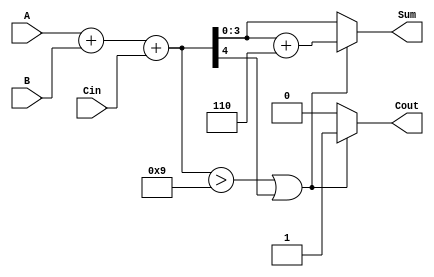
module BCD_Adder (
    input  wire [3:0] A,     // First BCD digit
    input  wire [3:0] B,     // Second BCD digit
    input  wire Cin,         // Carry input
    output reg  [3:0] Sum,   // BCD result
    output reg  Cout         // Carry output
);

    wire [4:0] binary_sum;   // 5-bit binary sum
    wire correction_needed;    // Flag for BCD correction

    // Step 1: Compute the binary sum of A, B, and Cin
    assign binary_sum = A + B + Cin;

    // Step 2: Check if correction is needed
    assign correction_needed = (binary_sum > 5'b01001) || binary_sum[4];

    // Step 3: BCD correction and output assignment
    always @(*) begin
        if (correction_needed) begin
            Sum = binary_sum[3:0] + 4'b0110; // Add 6 for correction
            Cout = 1; // Set carry out
        end else begin
            Sum = binary_sum[3:0]; // No correction needed
            Cout = 0; // No carry out
        end
    end

endmodule